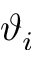
\vartheta _ { i }